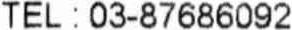
TEL : 03-87686092